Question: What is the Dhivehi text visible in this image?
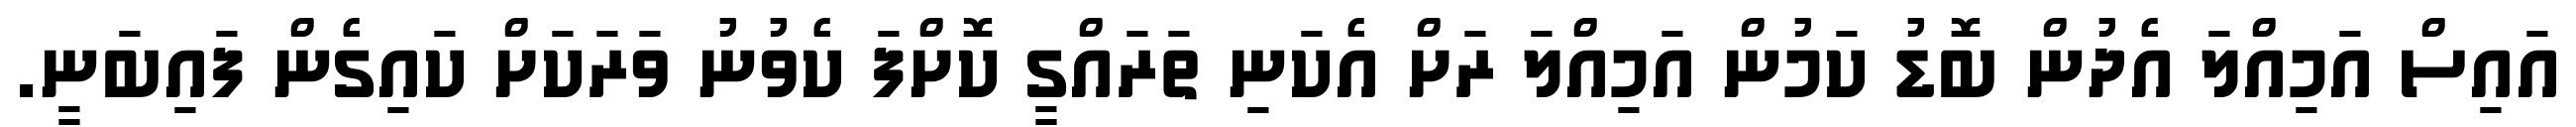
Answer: އައިސް އަމިއްލަ އެދުން ބޮޑު ކަމުން އަމިއްލަ ރަށް އެކަނި ތަރައްގީ ކޮށްފަ ކެވުނު ވަރަކަށް ކައިގެން ފައިބަނީ.